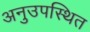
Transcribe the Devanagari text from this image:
अनुउपस्थित